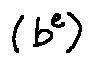
( b ^ { e } )